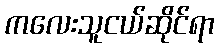
ကလေးသူငယ်ဆိုင်ရာ